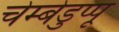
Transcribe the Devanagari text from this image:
चेम्बेडुप्पू